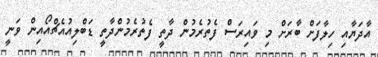
އާދަޔާއި ހިލާފަށް ބާރަށް މި ވައިރަސް ފެތުރެމުން ދާތީ ފެތުރެމުންދާތީ ޑަބްލިއުއެޗްއޯއިން ވަނީ